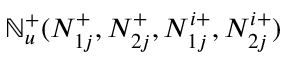
\mathbb { N } _ { u } ^ { + } ( N _ { 1 j } ^ { + } , N _ { 2 j } ^ { + } , N _ { 1 j } ^ { i + } , N _ { 2 j } ^ { i + } )